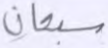
سبحان